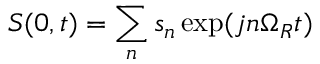
S ( 0 , t ) = \sum _ { n } s _ { n } \exp ( j n \Omega _ { R } t )